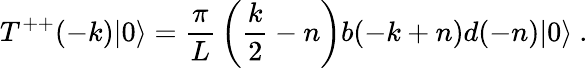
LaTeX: T^{++}(-k)|0\rangle={\frac{\pi}{L}}\left({\frac{k}{2}}-n\right)b(-k+n)d(-n)|0\rangle\ .